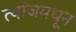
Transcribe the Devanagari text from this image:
त्यांजमधून